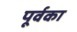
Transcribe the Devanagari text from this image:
पूर्वका